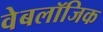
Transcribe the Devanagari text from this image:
वेबलॉजिक